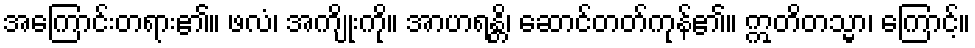
အကြောင်းတရား၏။ ဖလံ၊ အကျိုးကို။ အာဟရန္တိ၊ ဆောင်တတ်ကုန်၏။ ဣတိတသ္မာ၊ ကြောင့်။